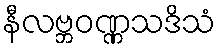
နီလဗ္ဘဝဏ္ဏသဒိသံ